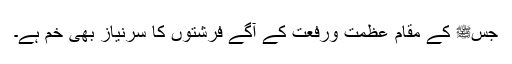
جسﷺ کے مقام عظمت ورفعت کے آگے فرشتوں کا سرنیاز بھی خم ہے۔